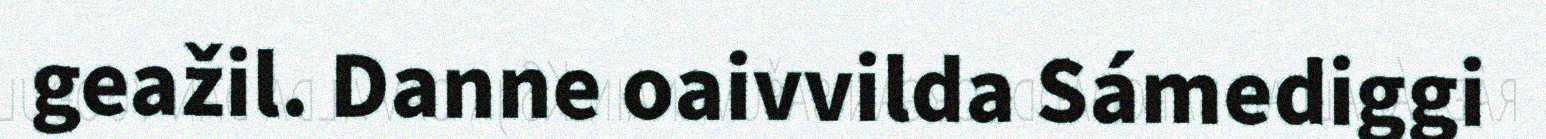
geažil. Danne oaivvilda Sámediggi